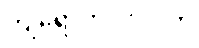
ကျရောက်လာပါက